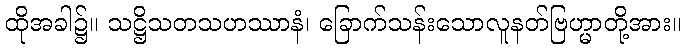
ထိုအခါ၌။ သဋ္ဌိသတသဟဿာနံ၊ ခြောက်သန်းသောလူနတ်ဗြဟ္မာတို့အား။